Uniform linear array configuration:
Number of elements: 12
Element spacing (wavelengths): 1
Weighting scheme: blackman
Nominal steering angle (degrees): -15
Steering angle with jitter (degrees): -15.645
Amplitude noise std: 0.05
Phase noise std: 0.05

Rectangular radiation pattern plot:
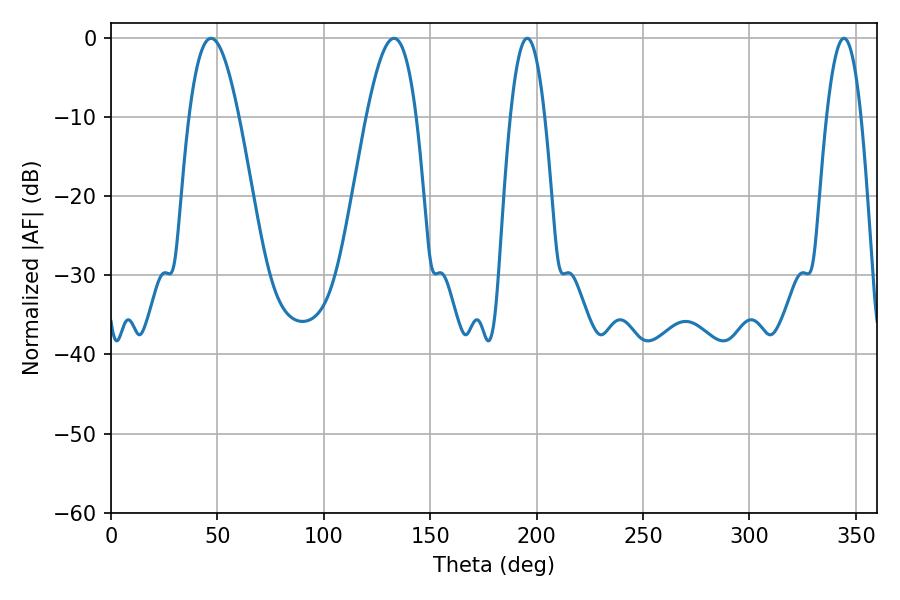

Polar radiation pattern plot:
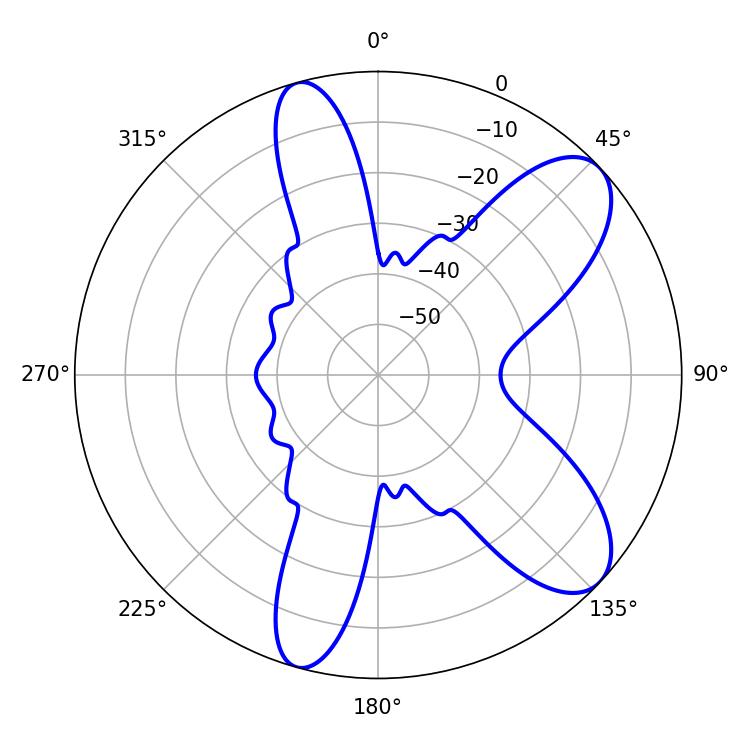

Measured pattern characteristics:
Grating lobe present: TRUE
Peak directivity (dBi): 8.772
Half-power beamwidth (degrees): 12.78
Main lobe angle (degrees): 46.98